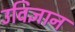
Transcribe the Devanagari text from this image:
उविज्ञान